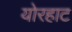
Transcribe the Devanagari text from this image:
योरहाट